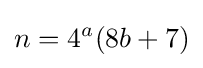
n=4^{a}(8b+7)